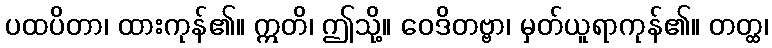
ပထပိတာ၊ ထားကုန်၏။ ဣတိ၊ ဤသို့။ ဝေဒိတဗ္ဗာ၊ မှတ်ယူရာကုန်၏။ တတ္ထ၊